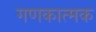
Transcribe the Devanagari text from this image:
गणकात्मक